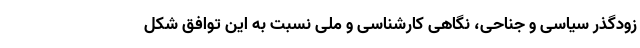
زودگذر سیاسی و جناحی، نگاهی کارشناسی و ملی نسبت به این توافق شکل